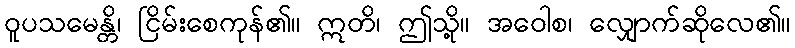
ဝူပသမေန္တိ၊ ငြိမ်းစေကုန်၏။ ဣတိ၊ ဤသို့။ အဝေါစ၊ လျှောက်ဆိုလေ၏။